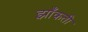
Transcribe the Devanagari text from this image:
झाँकती